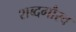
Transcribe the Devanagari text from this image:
शब्दगौरव